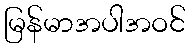
မြန်မာအပါအဝင်